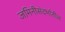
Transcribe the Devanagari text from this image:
जमिनीसंदर्भातील